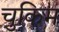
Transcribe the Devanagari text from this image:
चुकिम